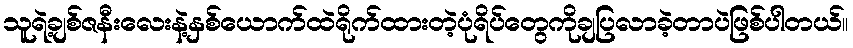
သူရဲ့ချစ်ဇနီးလေးနဲ့နှစ်ယောက်ထဲရိုက်ထားတဲ့ပုံရိပ်တွေကိုချပြလာခဲ့တာပဲဖြစ်ပါတယ်။